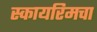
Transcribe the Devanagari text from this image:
स्कायरिमचा